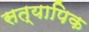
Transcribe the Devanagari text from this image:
सत्यापिक